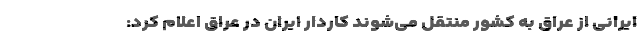
ایرانی از عراق به کشور منتقل می‌شوند کاردار ایران در عراق اعلام کرد: